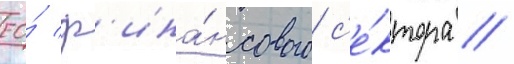
ео́ ф'ина́нсового с'е́ктора //